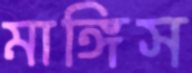
মাঙ্গিস